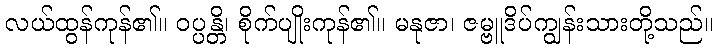
လယ်ထွန်ကုန်၏။ ဝပ္ပန္တိ၊ စိုက်ပျိုးကုန်၏။ မနုဇာ၊ ဇမ္ဗူဒိပ်ကျွန်းသားတို့သည်။